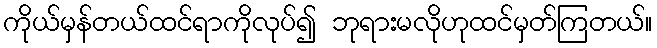
ကိုယ်မှန်တယ်ထင်ရာကိုလုပ်၍ ဘုရားမလိုဟုထင်မှတ်ကြတယ်။